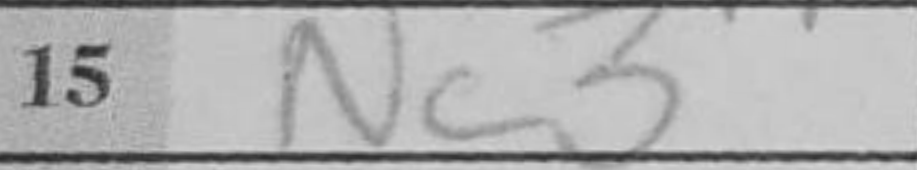
Transcription: Nc3